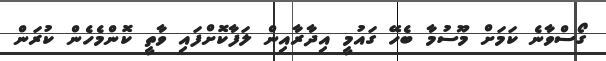
ގޯސްވާނެ ކަމަށް މޫސުމާ ބެހޭ ގައުމީ އިދާރާއިން ލަފާކޮށްފައި ވާތީ ކޮންމެހެން ކުރަން